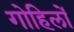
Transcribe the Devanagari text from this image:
गोहिलों